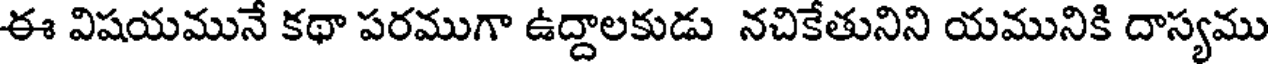
ఈ విషయమునే కథా పరముగా ఉద్దాలకుడు నచికేతునిని యమునికి దాస్యము